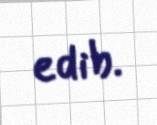
edib.